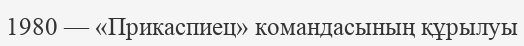
1980 — «Прикаспиец» командасының құрылуы